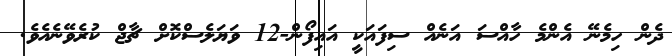
ދެން ހިމެނޭ އެންމެ ހާއްސަ އަނެއް ސިފައަކީ އައިފޯން-12 ވަޔަލެސްކޮށް ޗާޖް ކުރެވޭނެއެވެ.